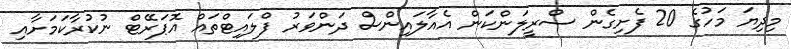
މިދިޔަ މަހުގެ 20 ފެށިގެން ސްރީލަންކަން އެއާލައިންސް ދަންވަރު ފްލައިޓްތައް އޮޕަރޭޓް ނުކުރާކަމަށާއި